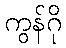
ကွန်ဂို